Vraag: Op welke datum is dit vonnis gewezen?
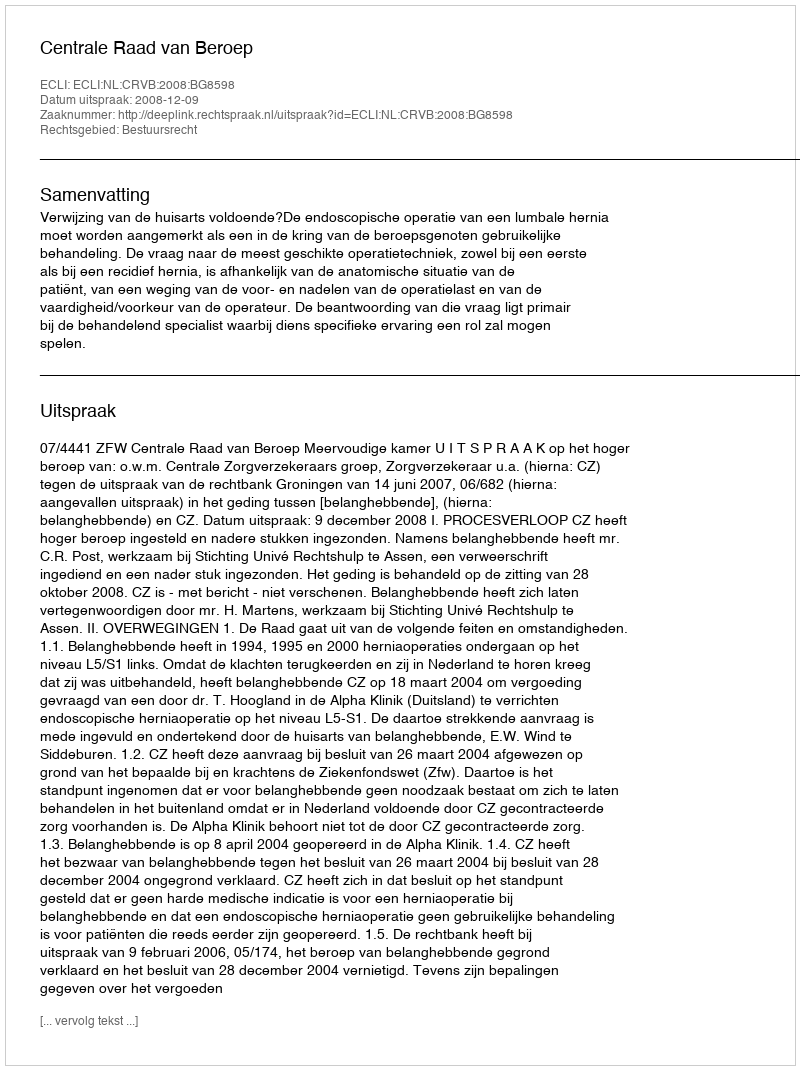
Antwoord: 2008-12-09